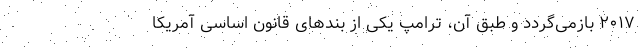
۲۰۱۷ بازمی‌گردد و طبق آن، ترامپ یکی از بندهای قانون اساسی آمریکا